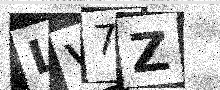
Text: LV7Z